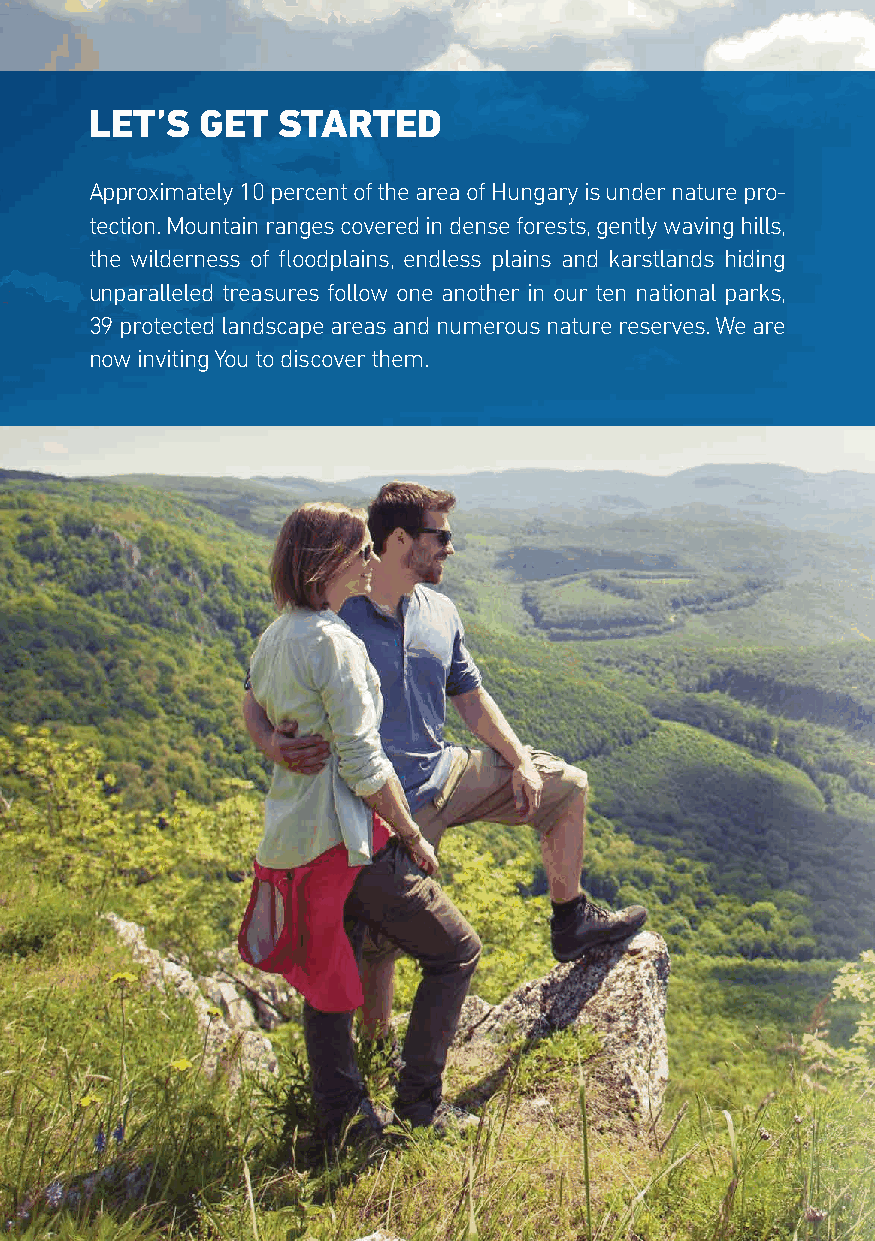
LET’S  GET  STARTED
 Approximately 10 percent of the area of Hungary is under nature pro-
 tection. Mountain ranges covered in dense forests, gently waving hills,
 the wilderness of floodplains, endless plains and karstlands hiding
 unparalleled treasures follow one another in our ten national parks,
 39 protected landscape areas and numerous nature reserves. We are
 now inviting You to discover them.